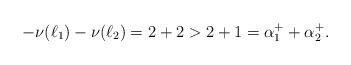
LaTeX: \begin{align*}-\nu(\ell_1) - \nu(\ell_2) = 2 + 2 > 2 + 1 = \alpha_1^+ + \alpha_2^+.\end{align*}